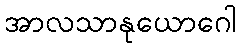
အာလသာနုယောဂေါ